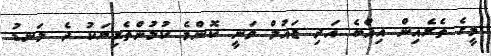
މީގެ ތެރެއިން އިއްބެ އަދި ޒައުލް ވަނީ ކޮންމެ ކުޅުންތެރިޔަކު ދެ ލަނޑު